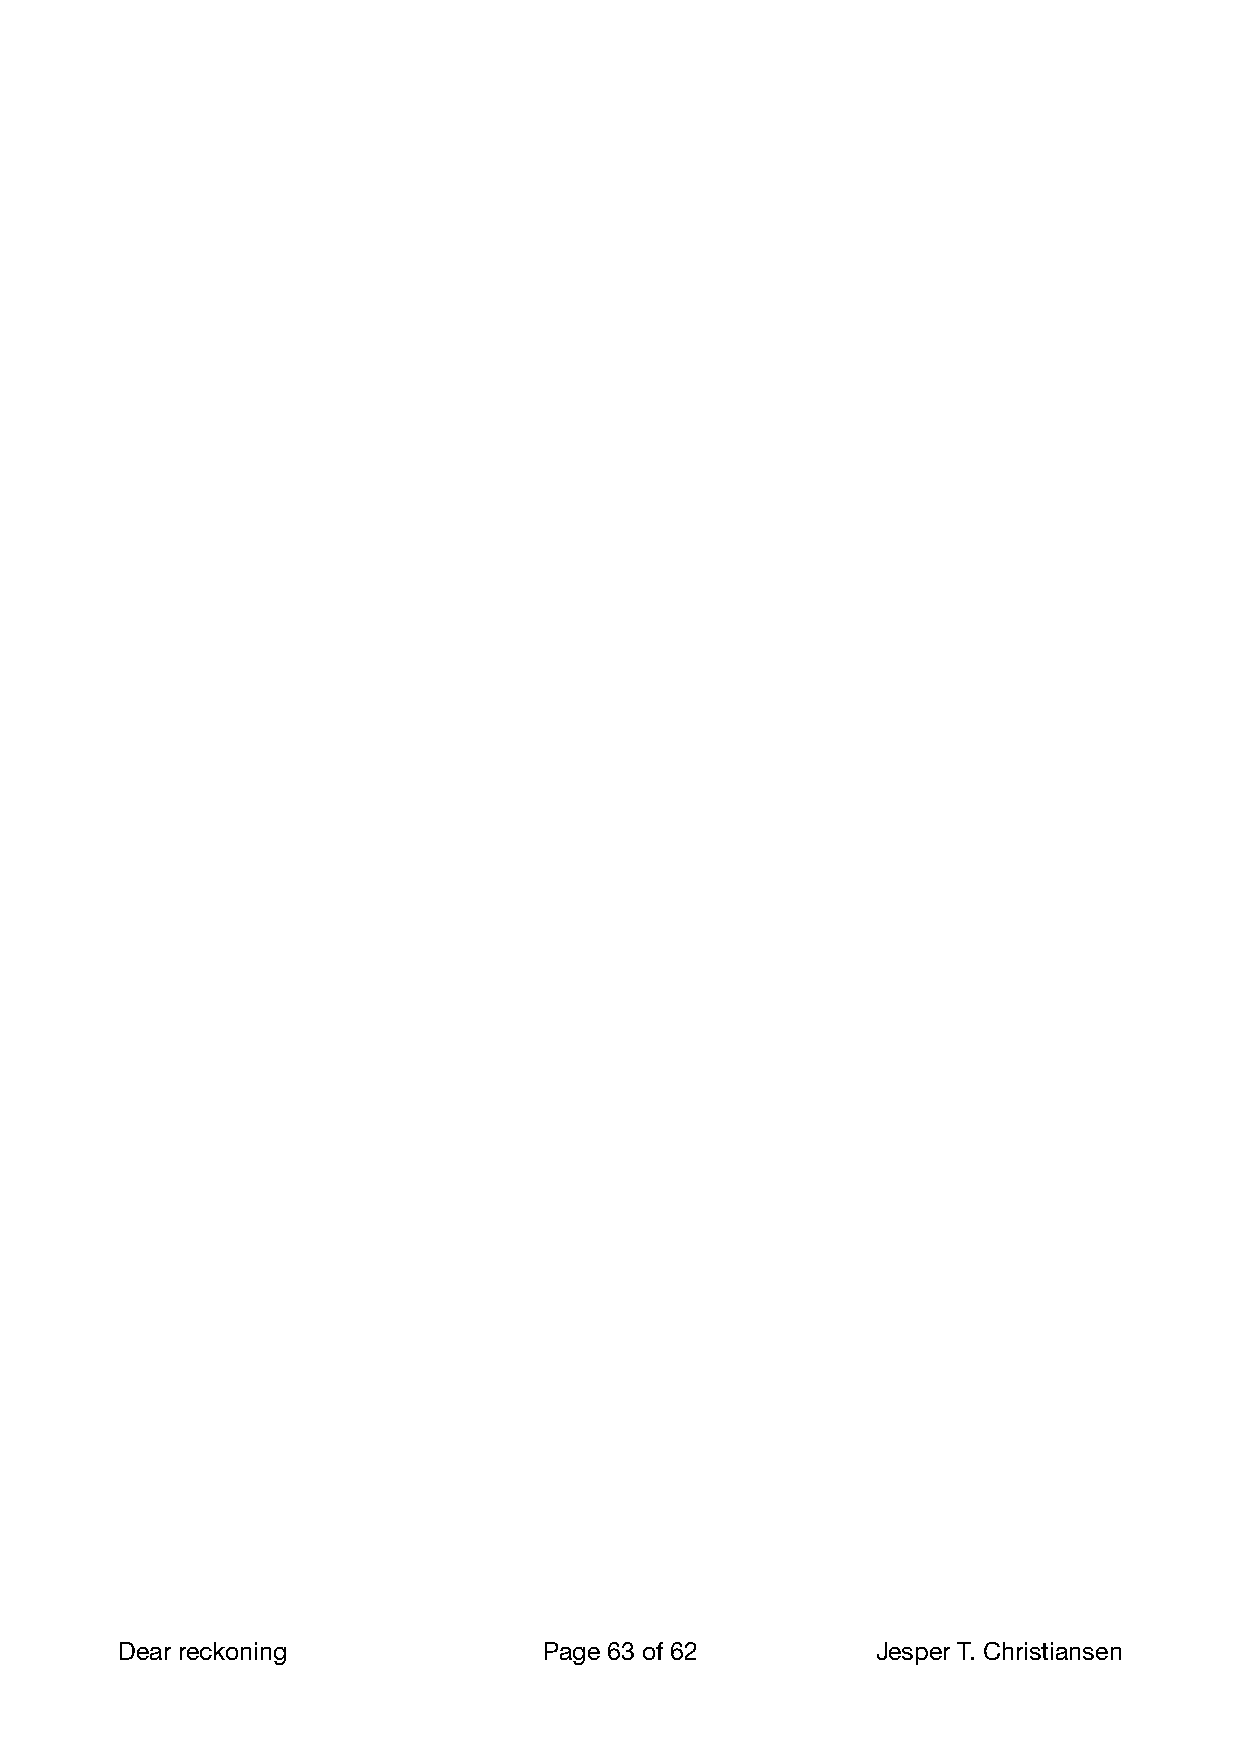
Dear reckoning              Page 63 of 62        Jesper T. Christiansen